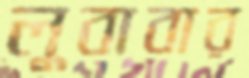
লুবাবার